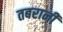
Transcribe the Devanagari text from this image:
तबरानी